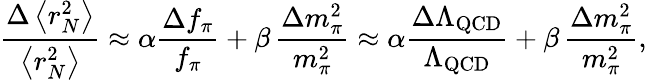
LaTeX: \frac{\Delta\left<r_{N}^{2}\right>}{\left<r_{N}^{2}\right>}\approx\alpha\frac{\Delta f_{\pi}}{f_{\pi}}+\beta\, \frac{\Delta m_{\pi}^{2}}{m_{\pi}^{2}}\approx\alpha\frac{\Delta\Lambda_{\mathrm{QCD}}}{\Lambda_{\mathrm{QCD}}}+\beta\, \frac{\Delta m_{\pi}^{2}}{m_{\pi}^{2}},